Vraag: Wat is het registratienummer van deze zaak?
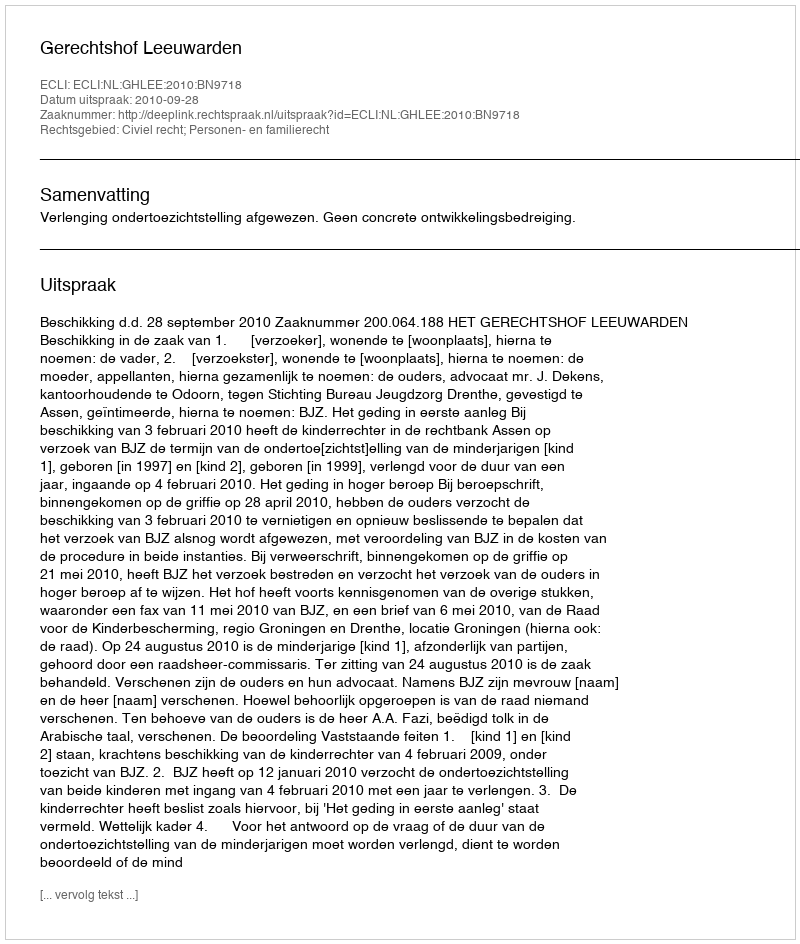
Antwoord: http://deeplink.rechtspraak.nl/uitspraak?id=ECLI:NL:GHLEE:2010:BN9718